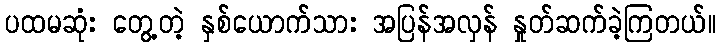
ပထမဆုံး တွေ့တဲ့ နှစ်ယောက်သား အပြန်အလှန် နှုတ်ဆက်ခဲ့ကြတယ်။